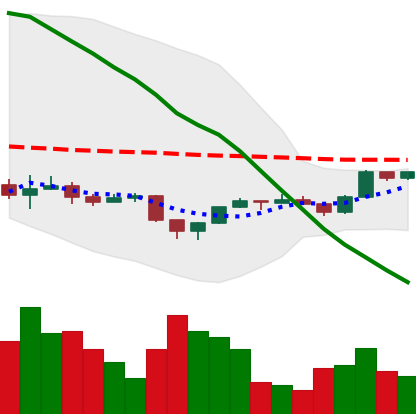
Ticker: ETH-USD
Chart end date: 2022-12-02
Forward return: -4.78%
Label: down_3_5